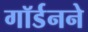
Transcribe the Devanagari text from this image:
गॉर्डनने